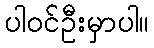
ပါဝင်ဦးမှာပါ။